King Institute of Preventive Medicine Micro-Biological Section reports 1909-11
Year: 1909
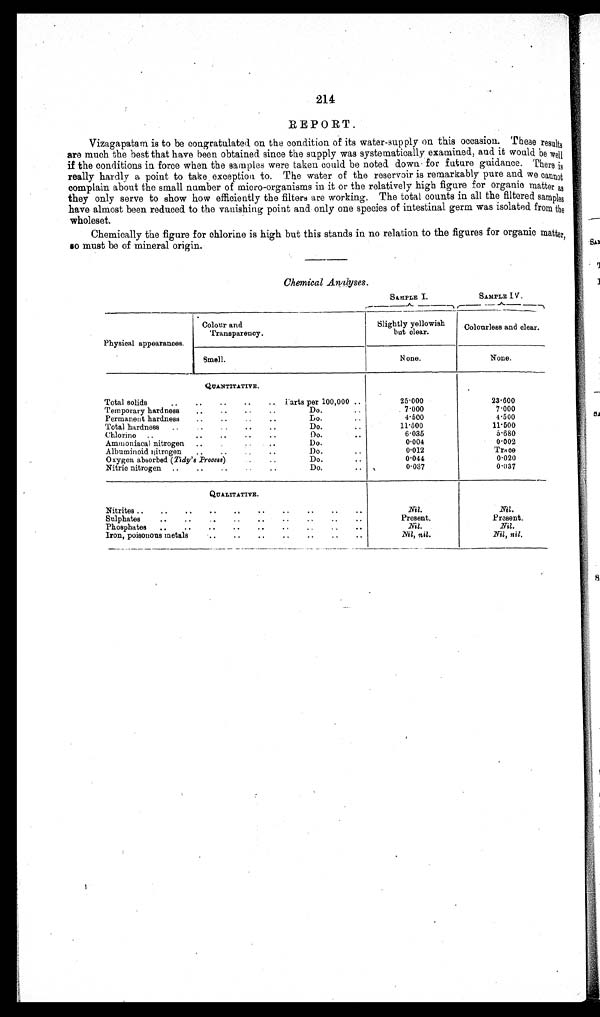
214
REPORT.
Vizagapatarn is to be congratulated on the condition of its water-supply on this occasion. These results
are much the best that have been obtained since the supply was systematically examined, and it would be well
if the conditions in force when the samples were taken could be noted down for future guidance. There is
really hardly a point to take exception to. The water of the reservoir is remarkably pure and we cannot
complain about the small number of micro-organisms in it or the relatively high figure for organic matter as
they only serve to show how efficiently the filters are working. The total counts in all the filtered samples
have almost been reduced to the vanishing point and only one species of intestinal germ was isolated from the
wholeset.
Chemically the figure for chlorine is high but this stands in no relation to the figures for organic matter,
so must be of mineral origin.
Chemical Analyses.
SAMPLE I.
S A M P L E I V .
Physical appearances.
Colour and
Transparency.
Slightly yellowish
but clear.
Colourless and clear.
S m e l l .
None.
None.
QUANTITATIVE.
Total solids
..
..
..
..
Parts per 100,000 ..
25.000
23.600
Temporary hardness
..
..
..
..
Do.
..
7.000
7.000
Permanent hardness
..
..
..
..
Do . • •
4.500
4 500
Total hardness
..
Do...
11.500
11.500
Chlorine
..
••
..
.
..
Do.
..
6.035
5.680
Ammoniacal nitrogen
..
.
Do.
0.004
0.002
Albuminoid nitrogen
Do.
..
0 . 0 1 2
Trace
Oxygen absorbed ( Tidy's Process)
..
Do.
• •
0 044
0.020
Nitric nitrogen
..
..
..
..
..
Do.
0 037
0.037
QUALITATIVE.
Nitrites ..
..
..
..
...
..
..
..
..
..
Nil.
Nil.
Sulphates
Present.
Present
.
Phosphates
..
..
..
..
..
..
..
..
N i l .
Nil.
Iron, poisonous metals
..
..
..
..
..
..
Nil , n i l .
Nil , nil.